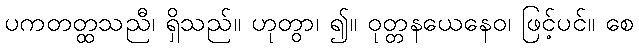
ပကတတ္ထသညီ၊ ရှိသည်။ ဟုတွာ၊ ၍။ ဝုတ္တနယေနေဝ၊ ဖြင့်ပင်။ စေ